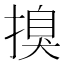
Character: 搝